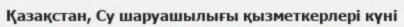
Қазақстан, Су шаруашылығы қызметкерлері күні